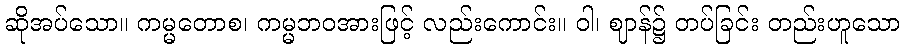
ဆိုအပ်သော။ ကမ္မတောစ၊ ကမ္မဘဝအားဖြင့် လည်းကောင်း။ ဝါ၊ ဈာန်၌ တပ်ခြင်း တည်းဟူသော